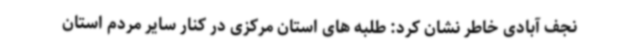
نجف آبادی خاطر نشان کرد: طلبه های استان مرکزی در کنار سایر مردم استان